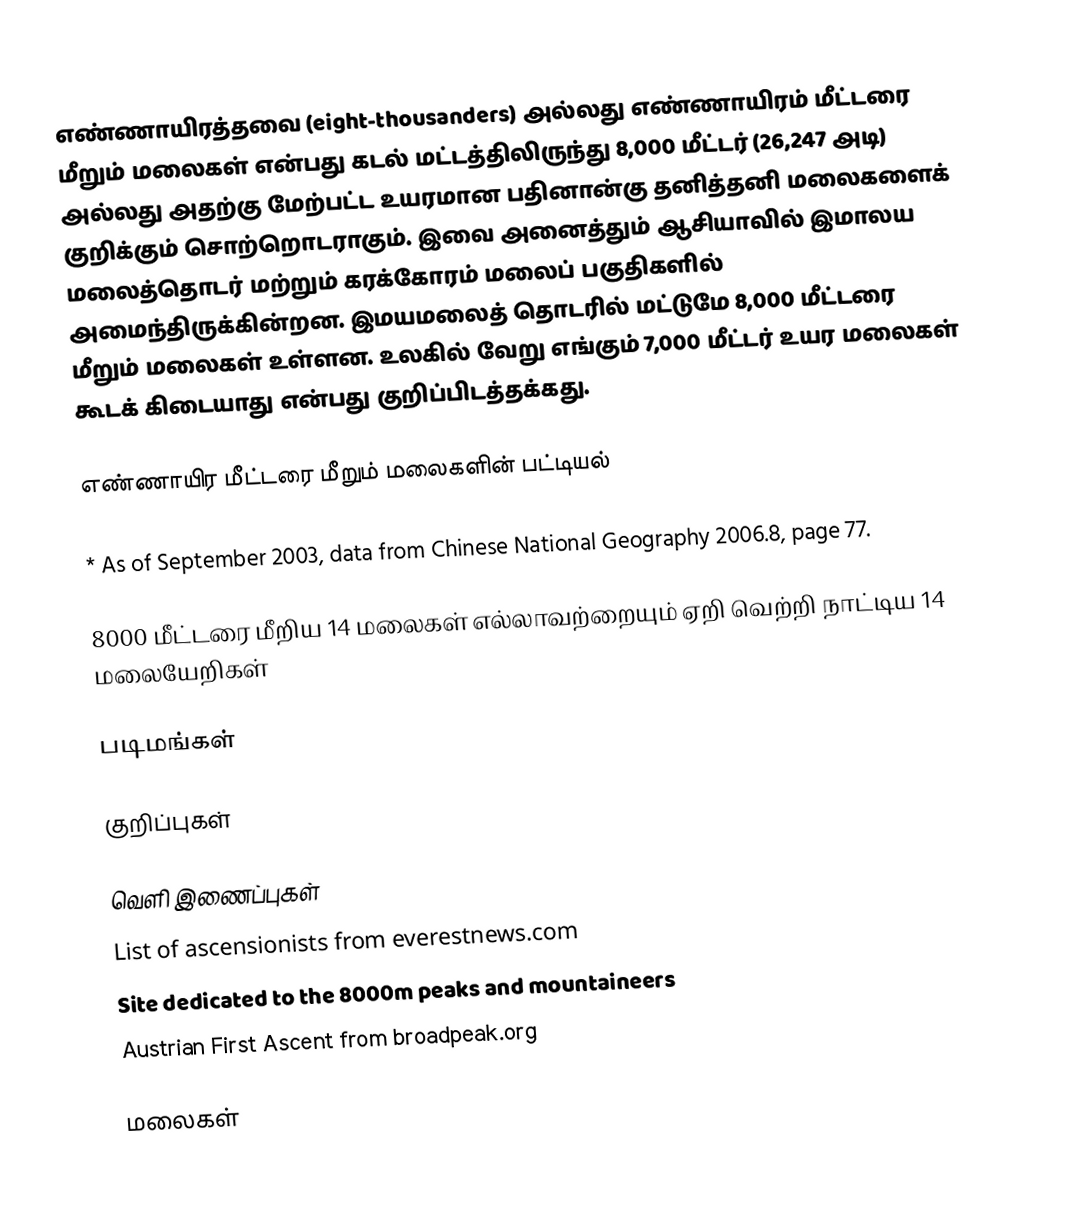
எண்ணாயிரத்தவை (eight-thousanders) அல்லது எண்ணாயிரம் மீட்டரை மீறும் மலைகள் என்பது கடல் மட்டத்திலிருந்து 8,000 மீட்டர் (26,247 அடி) அல்லது அதற்கு மேற்பட்ட உயரமான பதினான்கு தனித்தனி மலைகளைக் குறிக்கும் சொற்றொடராகும். இவை அனைத்தும் ஆசியாவில் இமாலய மலைத்தொடர் மற்றும் கரக்கோரம்  மலைப் பகுதிகளில் அமைந்திருக்கின்றன. இமயமலைத் தொடரில் மட்டுமே 8,000 மீட்டரை மீறும் மலைகள் உள்ளன.  உலகில் வேறு எங்கும் 7,000 மீட்டர் உயர மலைகள் கூடக் கிடையாது என்பது குறிப்பிடத்தக்கது.

எண்ணாயிர மீட்டரை மீறும் மலைகளின் பட்டியல்

* As of September 2003, data from Chinese National Geography 2006.8, page 77.

8000 மீட்டரை மீறிய 14 மலைகள் எல்லாவற்றையும் ஏறி வெற்றி நாட்டிய 14 மலையேறிகள்

படிமங்கள்

குறிப்புகள்

வெளி இணைப்புகள்
 List of ascensionists from everestnews.com
 Site dedicated to the 8000m peaks and mountaineers
 Austrian First Ascent from broadpeak.org

மலைகள்